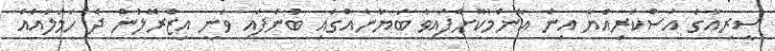
ސީރިއާގެ އަސްކަރިއްޔާ އިން އާންމުކޮށްފައިވާ ބަޔާނެއްގައި ބުނެފައި ވަނީ އިޒްރޭލުން ދެ ހަމަލާއެއް